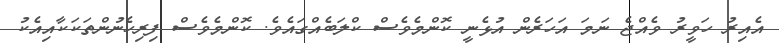
އެއިރު ހަވީރު ވެއްޖެ ނަމަ އަހަރެން އުޅެނީ ކޮންމެވެސް ކްލަބެއްގައެވެ. ކޮންމެވެސް ފިރިހެނުންތަކަކާއިއެކު